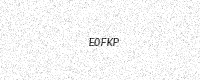
Text: E0FKP